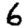
Digit: 6